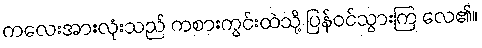
ကလေးအားလုံးသည် ကစားကွင်းထဲသို့ ပြန်ဝင်သွားကြ လေ၏။